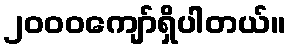
၂၀၀၀ကျော်ရှိပါတယ်။